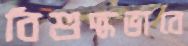
বিশুদ্ধভাবে